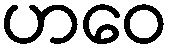
ဟဝေ